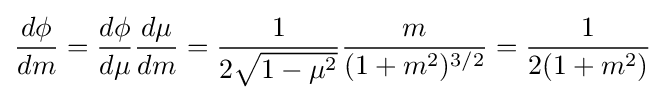
{\frac {d\phi }{dm}}={\frac {d\phi }{d\mu }}{\frac {d\mu }{dm}}={\frac {1}{2{\sqrt {1-\mu ^{2}}}}}{\frac {m}{(1+m^{2})^{3/2}}}={\frac {1}{2(1+m^{2})}}